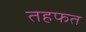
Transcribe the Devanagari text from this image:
तहफत